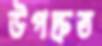
উপদ্রুত